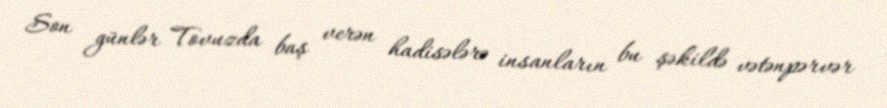
Son günlər Tovuzda baş verən hadisələrə insanların bu şəkildə vətənpərvər